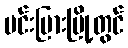
မင်းပြားမြို့တွင်